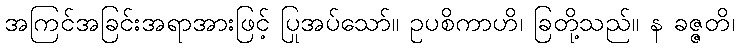
အကြင်အခြင်းအရာအားဖြင့် ပြုအပ်သော်။ ဥပစိကာဟိ၊ ခြတို့သည်။ န ခဇ္ဇတိ၊